Code of medical and sanitary regulations for the guidance of medical officers serving in the Madras Presidency - Volume II
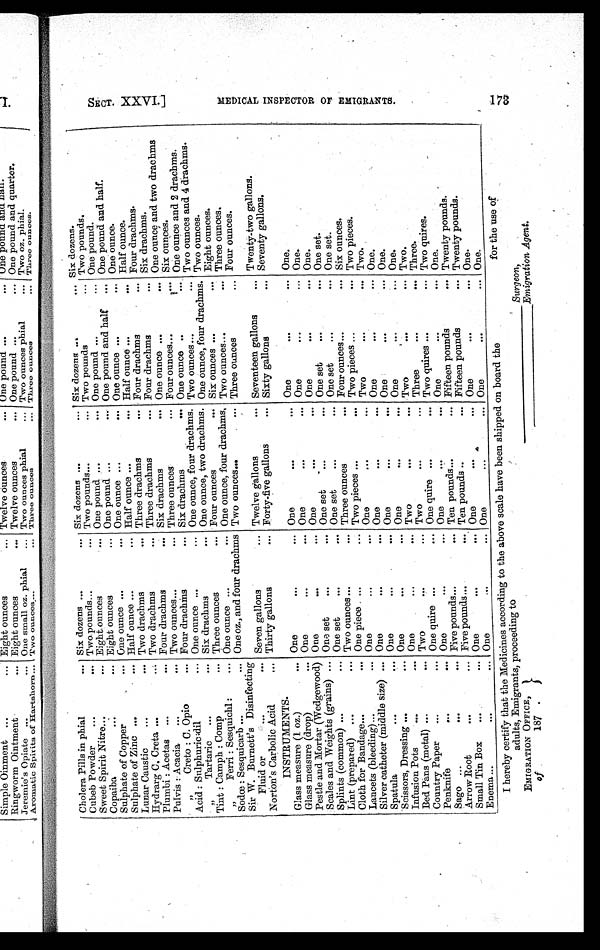
Cholera Pills in phial
... Six dozens ...
... Six dozens ...
... Six dozens
. . .
. . .
Six dozens.
Cubeb Powder
...
... Two pounds . . .
... Two pounds...
... Two pounds
. . .
T w o p o u n d s .
Sweet Spirit Nitre . . .
... Eight ounces
... One pound ...
... One pound ...
. . . One pound.
Copaiba
...
... Eight ounces
... One pound ...
... One pound and half
. . . One pound and half.
Sulphate of Copper
... One ounce ...
... One ounce ...
... One ounce ...
... One ounce.
Sulphate of Zinc ...
... Half ounce ...
... Half ounce ...
... Half ounce
. . .
. . . Half ounce.
Lunar Caustic
...
... Two drachms
... Three drachms
... Four drachms
. . . Four drachms.
Hydrarg C. Creta ...
... Two drachms
... Three drachms
... Four drachms
. . . Six drachms.
Plumbi : Acetas ...
... Four drachms
... Six drachms
. . . One ounce ...
. . . One ounce and two drachms
Pulvis : Acacia
...
... Two ounces . . .
...
Three ounces
„ C r e t o : C . O p i o
... Four drachms
... Six drachms
. . . One ounce
. . .
...
One ounce and 2 drachms.
Acid : Sulphuric :dil
...
„ T a r t a r i c
...
... Six drachms
... One ounce, two drachms. One ounce, four drachms. Two ounces.
Tint : Camph : Camp
... Three ounces
... Four ounces
... Six ounces ...
. . . Eight ounces.
„ F e r r i : S e s q u i c h l :
... One ounce ...
... One ounce, four drachms. Two ounces . . .
. . . Three ounces.
Sodœ : Sesquicarb ...
... One oz., and four drachms Two ounces...
. . . Three ounces
... Four ounces.
Sir W. Burnett's Disinfecting
Fluid or
. . .
... Seven gallons
... Twelve gallons
. . . Seventeen gallons
. . . Twenty-two gallons.
Norton's Carbolic Acid
... Thirty gallons
... Forty-five gallons
. . . Sixty gallons
. . . Seventy gallons.
INSTRUMENTS.
Glass measure (1 oz.)
. . . One
...
... One
...
... One
. . .
. . . One.
Glass measure (drop)
... One
. . .
... One
...
... One
. . .
... One
.
Pestle and Mortar (Wedgewood) One
. . .
... One
...
... One
...
. . . One.
Scales and Weights (grains) ... One set
...
... One set
...
... One set
...
... One set.
Splints (common) ...
. . . One set
...
... One set
...
... One set
...
... One set.
Lint (prepared) ...
... Two ounces ...
. . . Three ounces
. . . Four ounces . . .
... Six ounces.
Cloth for Bandage . . .
... One piece ...
. . . Two pieces ...
. . . Two pieces
. . .
... Two pieces.
Lancets (bleeding) ...
... One
...
. . . One
...
. . . Two
. . .
. . . Two.
Silver catheter (middle size) ... One
. . .
. . . One
...
. . . One
...
. . . One.
Spatula
. . .
. . . One
. . .
... One
...
. . . One
. . .
... One.
Scissors, Dressing ...
... One
. . .
... One
...
... One
. . .
... One.
Infusion Pots
...
... One
...
... Two
...
. . . Two
. . . ... Two.
Bed Pans (metal) ...
... Two
...
... Two
...
... Three
. . . ... Three.
Country Paper
. . .
... One quire ...
... One quire ...
... Two quires
. . .
. . . Two quires.
Penknife
...
... One
. . .
... One
...
... One
. . . ... One.
Sago ...
. . .
... Five pounds . . .
... Ten pounds ...
... Fifteen pounds
... Twenty pounds.
Arrow Root
. . .
... Five pounds ...
... Ten pounds ...
... Fifteen pounds
... Twenty pounds.
Small Tin Box
. . .
... One
...
. . . One
...
... One
. . . ... One.
Enema ...
. . .
... One
. . .
... One
...
... One
. . . ... One.
I hereby certify that the Medicines according to the above scale have been shipped on board the
adults, Emigrants, proceeding to
for the use of
EMIGRATION OFFICE,
_ _ _ _ _ _ _ _ _ _ _ _ _ _ _
S u r g e o n ,
of
187
_____________
Emigration Agent.
SECT. XXVI . ]
M E D I C A L I N S P E C T O R O F E M I G R A N T S .
173